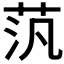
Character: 𫇼